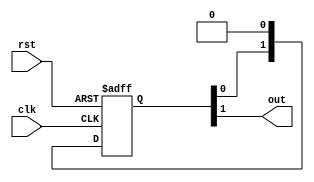
`timescale 1ns / 1ps
module sync_reset #(
    parameter N = 2
)
(
    input  wire clk,
    input  wire rst,
    output wire out
);

(* srl_style = "register" *)
reg [N-1:0] sync_reg = {N{1'b1}};

assign out = sync_reg[N-1];

always @(posedge clk or posedge rst) begin
    if (rst) begin
        sync_reg <= {N{1'b1}};
    end else begin
        sync_reg <= {sync_reg[N-2:0], 1'b0};
    end
end

endmodule